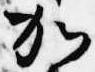
加